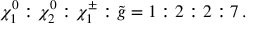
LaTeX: \chi _ { 1 } ^ { 0 } : \chi _ { 2 } ^ { 0 } : \chi _ { 1 } ^ { \pm } : \tilde { g } = 1 : 2 : 2 : 7 \, .